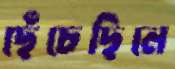
ছেঁচেছিলে